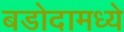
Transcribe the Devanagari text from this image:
बडोदामध्ये